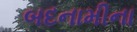
બદનામીના